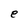
Character: e